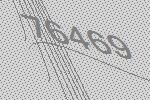
76469